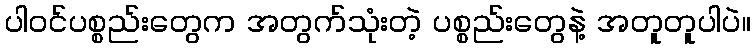
ပါဝင်ပစ္စည်းတွေက အတွက်သုံးတဲ့ ပစ္စည်းတွေနဲ့ အတူတူပါပဲ။